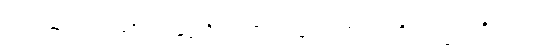
ပညာယ၊ ပညာဖြင့်။ အနုဂ္ဂဟိဿာမိ၊ ငါယူရပါအံ့။ ဣတိ တသ္မာ၊ ထိုကြောင့်။